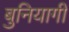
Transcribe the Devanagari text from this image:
बुनियागी